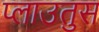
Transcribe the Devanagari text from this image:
प्लाउतुस